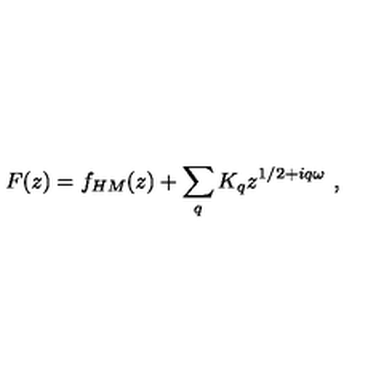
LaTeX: F ( z ) = f _ { H M } ( z ) + \sum _ { q } K _ { q } z ^ { 1 / 2 + i q \omega } \ ,